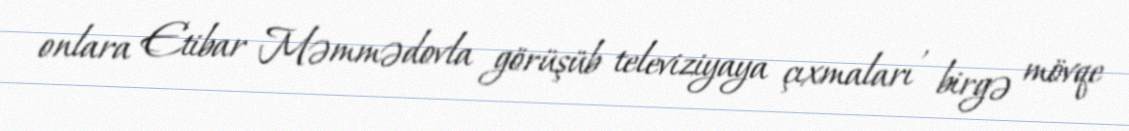
onlara Etibar Məmmədovla görüşüb televiziyaya çıxmaları , birgə mövqe